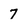
Character: 7